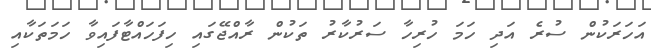
އަހަރަކުން ސުރެ އަދި ހަމަ ހުރިހާ ސަރުކާރު ތަކުން ރާއްޖޭގައި ހިފަހައްޓާފައިވާ ހަމަތަކާއި